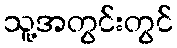
သူ့အတွင်းတွင်